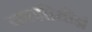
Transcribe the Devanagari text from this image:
काझीमीर्झ